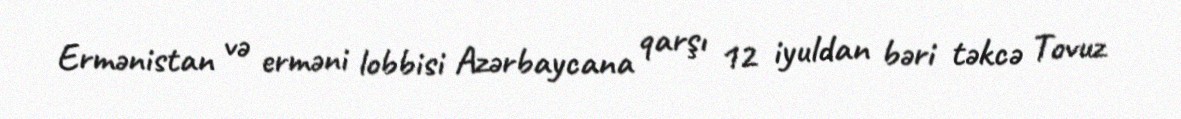
Ermənistan və erməni lobbisi Azərbaycana qarşı 12 iyuldan bəri təkcə Tovuz